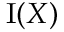
\operatorname { I } ( X )